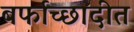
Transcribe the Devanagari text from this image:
बर्फाच्छादीत